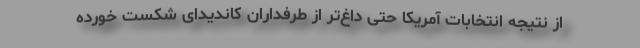
از نتیجه انتخابات آمریکا حتی داغ‌تر از طرفداران کاندیدای شکست خورده